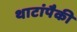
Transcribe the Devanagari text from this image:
थाटांपैकी